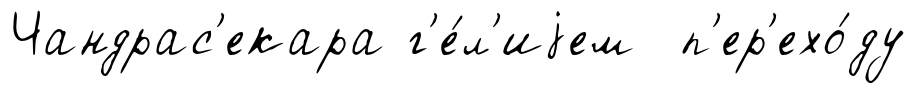
Чандрас'екара г'е́л'иjем п'ер'ехо́ду